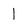
Character: l